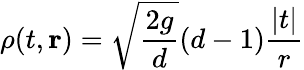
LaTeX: \rho(t,{\mathbf r})=\sqrt{\frac{2g}{d}}(d-1){\frac{|t|}{r}}